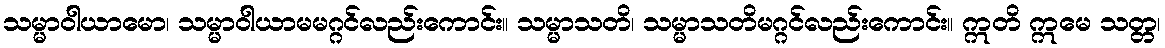
သမ္မာဝါယာမော၊ သမ္မာဝါယာမမဂ္ဂင်လည်းကောင်း။ သမ္မာသတိ၊ သမ္မာသတိမဂ္ဂင်လည်းကောင်း။ ဣတိ ဣမေ သတ္တ၊